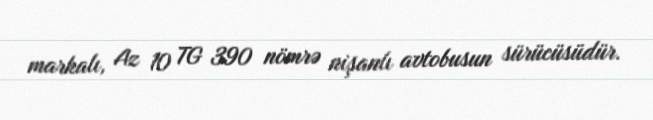
markalı, Az 10 TG 390 nömrə nişanlı avtobusun sürücüsüdür.